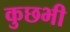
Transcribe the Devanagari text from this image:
कुछभी